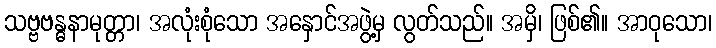
သဗ္ဗဗန္ဓနာမုတ္တာ၊ အလုံးစုံသော အနှောင်အဖွဲ့မှ လွတ်သည်။ အမှိ၊ ဖြစ်၏။ အာဝုသော၊